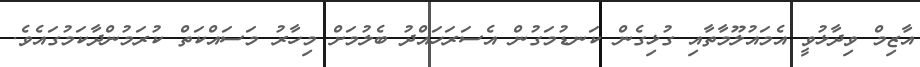
އާޒިމް ވިދާޅުވީ އެމައުލޫމާތާއި ގުޅިގެން ކަނޑުމަގުން އެސަރަހައްދު ބެލުމަށް މިހާރު މަސައްކަތް ކުރަމުންދާކަމުގައެވެ.